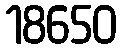
18650